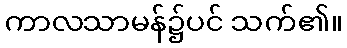
ကာလသာမန်၌ပင် သက်၏။